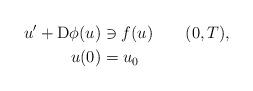
LaTeX: \begin{align*}u^{\prime}+\mathrm{D}\phi(u) & \ni f(u)\qquad(0,T),\\u(0) & =u_{0}\end{align*}